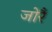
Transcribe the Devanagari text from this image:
जोरैं